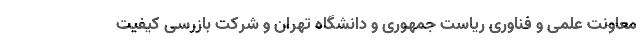
معاونت علمی و فناوری ریاست جمهوری و دانشگاه تهران و شرکت بازرسی کیفیت